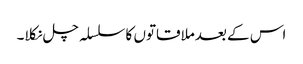
اس کے بعدملاقاتوں کا سلسلہ چل نکلا۔